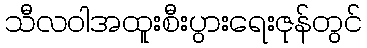
သီလဝါအထူးစီးပွားရေးဇုန်တွင်